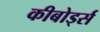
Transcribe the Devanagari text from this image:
कीबोर्ड्स